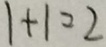
1 + 1 = 2